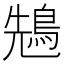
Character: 𪀷